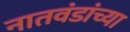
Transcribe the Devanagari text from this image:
नातवंडांच्या